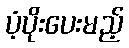
ပံ့ပိုးပေးမည့်